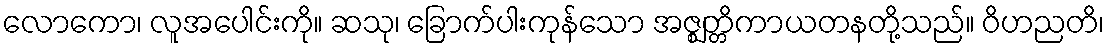
လောကော၊ လူအပေါင်းကို။ ဆသု၊ ခြောက်ပါးကုန်သော အဇ္ဈတ္တိကာယတနတို့သည်။ ဝိဟညတိ၊